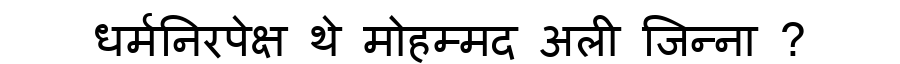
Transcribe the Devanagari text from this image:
धर्मनिरपेक्ष थे मोहम्मद अली जिन्ना ?